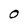
Character: O